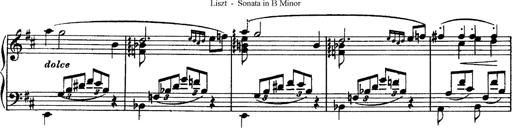
Title: Piano Sonata
Composer: Karl HÃ¤ssler
Key: C major